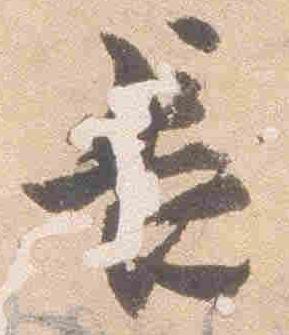
長